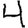
Digit: 4